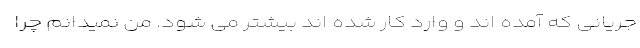
جریانی که آمده اند و وارد کار شده اند بیشتر می شود. من نمیدانم چرا